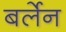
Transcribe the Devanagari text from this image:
बर्लेन